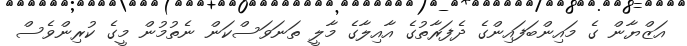
އަޒްޔާން ގެ މައިންބަފައިންގެ ދެފަރާތުގެ އާއިލާގެ މާލީ ތަނަވަސްކަން ނެތުމުން މީގެ ކުރިންވެސް